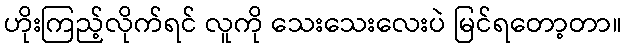
ဟိုးကြည့်လိုက်ရင် လူကို သေးသေးလေးပဲ မြင်ရတော့တာ။